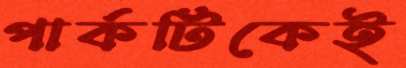
পার্কটিকেই